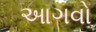
આગવો